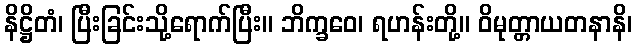
နိဋ္ဌိတံ၊ ပြီးခြင်းသို့ရောက်ပြီး။ ဘိက္ခဝေ၊ ရဟန်းတို့။ ဝိမုတ္တာယတနာနိ၊